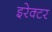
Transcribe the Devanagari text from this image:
इरेक्टर